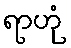
ရာဟုံ